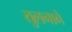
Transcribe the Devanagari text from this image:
तुलनाने